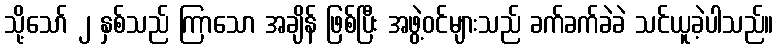
သို့သော် ၂ နှစ်သည် ကြာသော အချိန် ဖြစ်ပြီး အဖွဲ့ဝင်များသည် ခက်ခက်ခဲခဲ သင်ယူခဲ့ပါသည်။